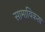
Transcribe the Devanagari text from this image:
सामायिकता